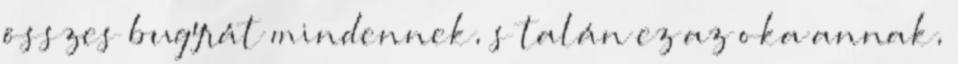
összes bugyrát mindennek, s talán ez az oka annak,